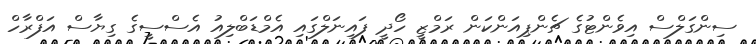
ސިންގަލްސް އިވެންޓުގެ ޗެންޕިއަންކަން ރަމްޒީ ހޯދީ ފައިނަލްގައި އެމްޑަބްލިއު އެސްސީގެ ގިޔާސް އަފްރާހް